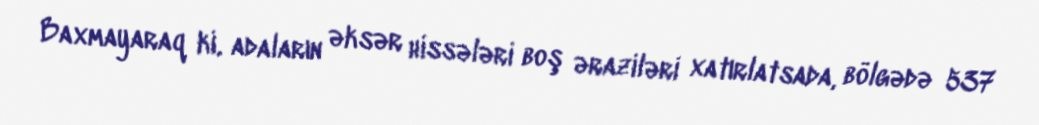
Baxmayaraq ki, adaların əksər hissələri boş əraziləri xatırlatsada, bölgədə 537